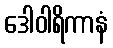
ဒေါဝါရိကာနံ